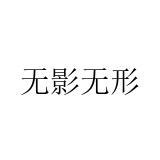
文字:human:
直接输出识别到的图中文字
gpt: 无影无形